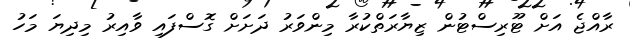
ރާއްޖެ އަށް ޓޫރިސްޓުން ޒިޔާރަތްކުރާ މިންވަރު ދަށަށް ގޮސްފައި ވާއިރު މިދިޔަ މަހު